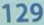
129